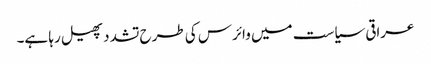
عراقی سیاست میں وائرس کی طرح تشدد پھیل رہا ہے۔